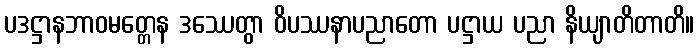
ပဒဋ္ဌာနဘာဝမတ္တေန ဒဿေတွာ ဝိပဿနာပညာတော ပဋ္ဌာယ ပညာ နိယျာတိတာတိ။